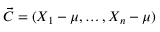
{ \vec { C } } = ( X _ { 1 } - \mu , \ldots , X _ { n } - \mu )